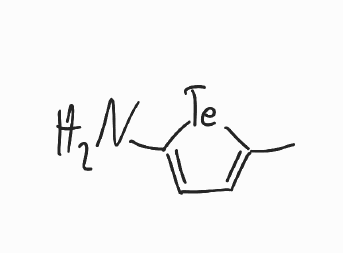
Simplified molecular-input line-entry system (SMILES) notation of the given molecule:
CC1=CC=C([Te]1)N